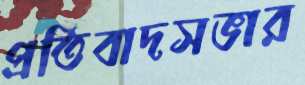
প্রতিবাদসভার